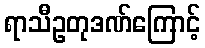
ရာသီဥတုဒဏ်ကြောင့်